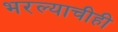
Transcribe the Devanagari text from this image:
भरल्याचीही